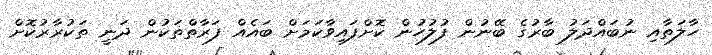
ހާލަތާއި ނުބައްދަލު ބާރުގެ ބޭނުން ފުލުހުން ކޮށްފައިވާކަމަށް ބައެއް ފަރާތްތަކުން ދަނީ ތަކުރާރުކޮށް